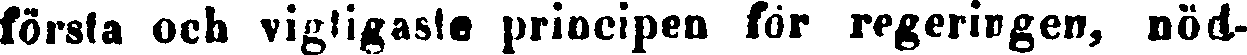
första och vigtigaste principen för regeringen, nöd-